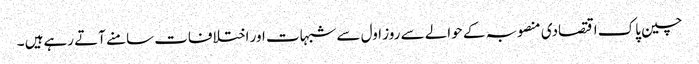
چین پاک اقتصادی منصوبہ کے حوالے سے روز اول سے شبہات اور اختلافات سامنے آتے رہےہیں ۔